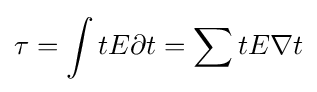
\tau =\int tE\partial t=\sum tE\nabla t